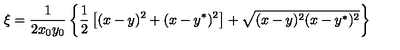
\xi = \frac 1 { 2 x _ { 0 } y _ { 0 } } \left\{ \frac 1 2 \left[ ( x - y ) ^ { 2 } + ( x - y ^ { * } ) ^ { 2 } \right] + \sqrt { ( x - y ) ^ { 2 } ( x - y ^ { * } ) ^ { 2 } } \right\}